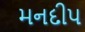
મનદીપ